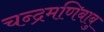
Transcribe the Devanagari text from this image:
चन्द्रमणिबाबु